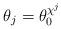
LaTeX: \begin{align*}\theta_j = \theta_0^{\chi^j}\end{align*}